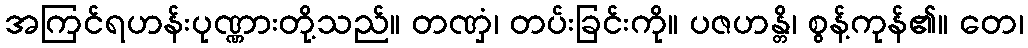
အကြင်ရဟန်းပုဏ္ဏားတို့သည်။ တဏှံ၊ တပ်းခြင်းကို။ ပဇဟန္တိ၊ စွန့်ကုန်၏။ တေ၊